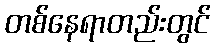
တစ်နေရာတည်းတွင်